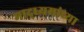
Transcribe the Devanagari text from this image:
माद्ध्यमांच्या